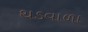
થડવાળા